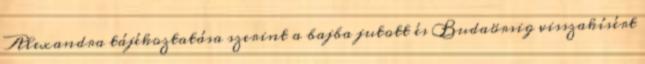
Alexandra tájékoztatása szerint a bajba jutott és Budaörsig visszakísért